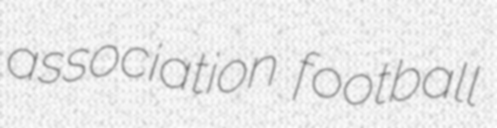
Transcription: association football